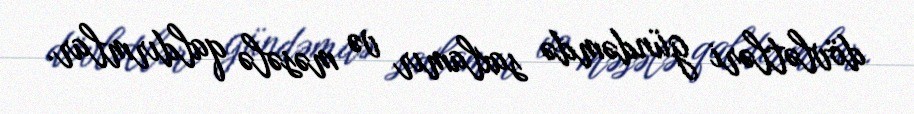
dövlətləri gündəmdə saxlamır və məsələ qaldırmlar.